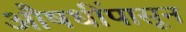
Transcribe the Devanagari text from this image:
औषधींपासून